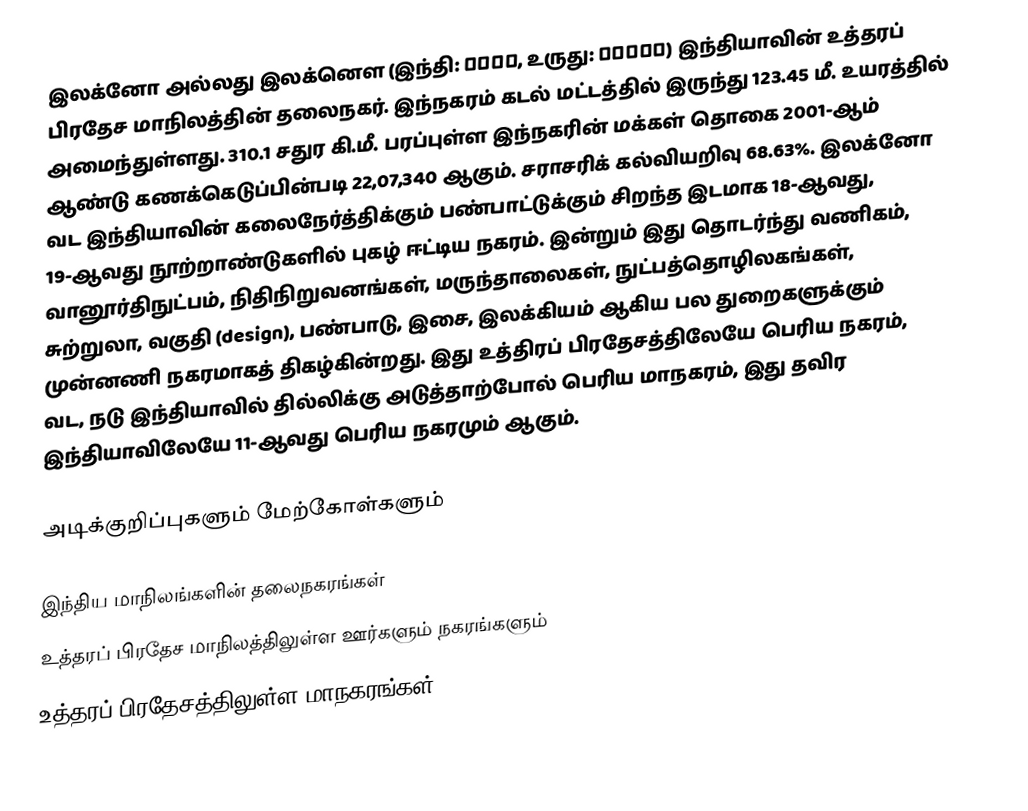
இலக்னோ அல்லது இலக்னௌ (இந்தி: लखनऊ, உருது: لکھنؤ) இந்தியாவின் உத்தரப் பிரதேச மாநிலத்தின் தலைநகர். இந்நகரம் கடல் மட்டத்தில் இருந்து 123.45 மீ. உயரத்தில் அமைந்துள்ளது. 310.1 சதுர கி.மீ. பரப்புள்ள இந்நகரின் மக்கள் தொகை 2001-ஆம் ஆண்டு கணக்கெடுப்பின்படி 22,07,340 ஆகும். சராசரிக் கல்வியறிவு 68.63%. இலக்னோ வட இந்தியாவின் கலைநேர்த்திக்கும் பண்பாட்டுக்கும் சிறந்த இடமாக 18-ஆவது, 19-ஆவது நூற்றாண்டுகளில் புகழ் ஈட்டிய நகரம். இன்றும் இது தொடர்ந்து வணிகம், வானூர்திநுட்பம், நிதிநிறுவனங்கள், மருந்தாலைகள், நுட்பத்தொழிலகங்கள், சுற்றுலா, வகுதி (design), பண்பாடு, இசை, இலக்கியம் ஆகிய பல துறைகளுக்கும் முன்னணி நகரமாகத் திகழ்கின்றது. இது உத்திரப் பிரதேசத்திலேயே பெரிய நகரம், வட, நடு இந்தியாவில் தில்லிக்கு அடுத்தாற்போல் பெரிய மாநகரம், இது தவிர இந்தியாவிலேயே 11-ஆவது பெரிய நகரமும் ஆகும்.

அடிக்குறிப்புகளும் மேற்கோள்களும்

இந்திய மாநிலங்களின் தலைநகரங்கள்
உத்தரப் பிரதேச மாநிலத்திலுள்ள ஊர்களும் நகரங்களும்
உத்தரப் பிரதேசத்திலுள்ள மாநகரங்கள்